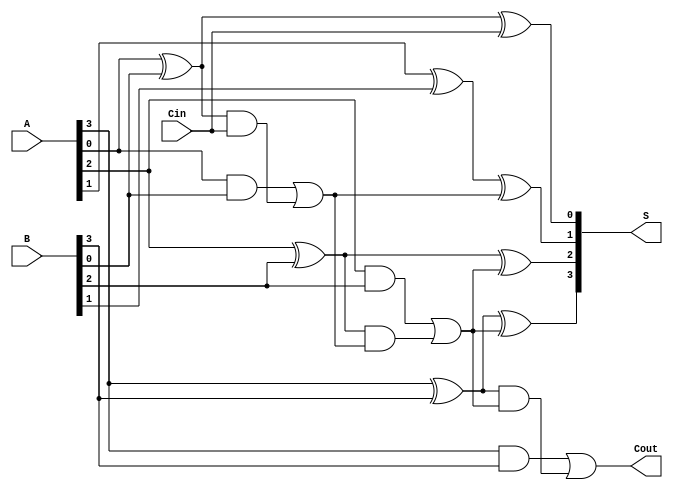
module han_carlson_adder #(parameter N = 4) (
    input  wire [N-1:0] A,      // First operand
    input  wire [N-1:0] B,      // Second operand
    input  wire Cin,             // Carry input
    output wire [N-1:0] S,      // Sum output
    output wire Cout             // Carry output
);

    // Internal signals
    wire [N-1:0] P; // Propagate signals
    wire [N-1:0] G; // Generate signals
    wire [N/2-1:0] C; // Carry signals for groups

    // Generate and propagate signals
    genvar i;
    generate
        for (i = 0; i < N; i = i + 1) begin : gen_prop
            assign P[i] = A[i] ^ B[i]; // Propagate
            assign G[i] = A[i] & B[i]; // Generate
        end
    endgenerate

    // Carry generation for groups
    generate
        for (i = 0; i < N/2; i = i + 1) begin : carry_gen
            if (i == 0) begin
                assign C[i] = G[2*i] | (P[2*i] & Cin); // First group carry
            end else begin
                assign C[i] = G[2*i] | (P[2*i] & C[i-1]); // Subsequent group carries
            end
        end
    endgenerate

    // Final carry output
    assign Cout = G[N-1] | (P[N-1] & C[N/2-1]);

    // Sum calculation
    generate
        for (i = 0; i < N; i = i + 1) begin : sum_calc
            if (i == 0) begin
                assign S[i] = P[i] ^ Cin; // First sum bit
            end else begin
                assign S[i] = P[i] ^ C[i/2]; // Sum bits from carry
            end
        end
    endgenerate

endmodule